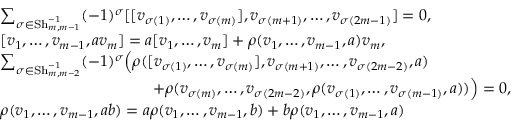
\begin{array} { r l } & { \sum _ { \sigma \in \operatorname { S h } _ { m , m - 1 } ^ { - 1 } } ( - 1 ) ^ { \sigma } [ [ v _ { \sigma ( 1 ) } , \dotsc , v _ { \sigma ( m ) } ] , v _ { \sigma ( m + 1 ) } , \dotsc , v _ { \sigma ( 2 m - 1 ) } ] = 0 , } \\ & { [ v _ { 1 } , \dotsc , v _ { m - 1 } , a v _ { m } ] = a [ v _ { 1 } , \dotsc , v _ { m } ] + \rho ( v _ { 1 } , \dotsc , v _ { m - 1 } , a ) v _ { m } , } \\ & { \sum _ { \sigma \in \operatorname { S h } _ { m , m - 2 } ^ { - 1 } } ( - 1 ) ^ { \sigma } \Big ( \rho ( [ v _ { \sigma ( 1 ) } , \dotsc , v _ { \sigma ( m ) } ] , v _ { \sigma ( m + 1 ) } , \dotsc , v _ { \sigma ( 2 m - 2 ) } , a ) } \\ & { \ \ \ \ \ \ \ \ \ \ \ \ \ \ \ \ \ \ \ \ \ \ \ \ \ \ \ \ \ + \rho ( v _ { \sigma ( m ) } , \dotsc , v _ { \sigma ( 2 m - 2 ) } , \rho ( v _ { \sigma ( 1 ) } , \dotsc , v _ { \sigma ( m - 1 ) } , a ) ) \Big ) = 0 , } \\ & { \rho ( v _ { 1 } , \dotsc , v _ { m - 1 } , a b ) = a \rho ( v _ { 1 } , \dotsc , v _ { m - 1 } , b ) + b \rho ( v _ { 1 } , \dotsc , v _ { m - 1 } , a ) } \end{array}